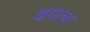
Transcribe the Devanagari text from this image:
क्षयाचा